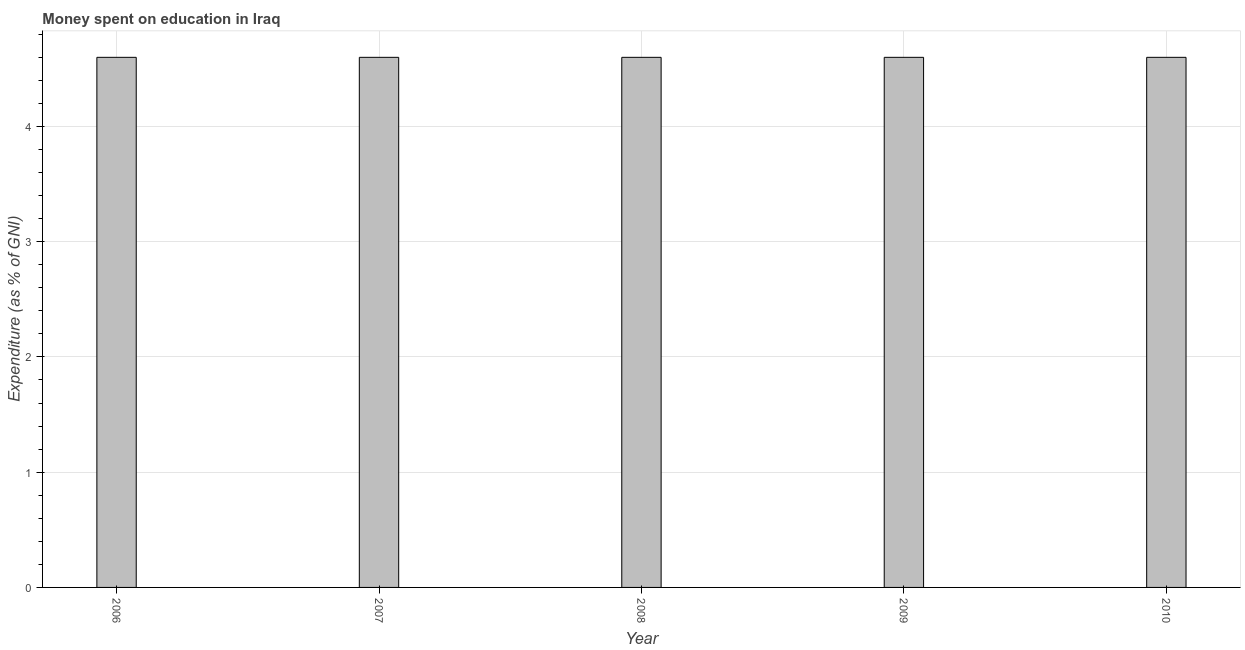
| Year | Education expenditure |
 | --- | --- |
 | 2006 | 4.6 |
 | 2007 | 4.6 |
 | 2008 | 4.6 |
 | 2009 | 4.6 |
 | 2010 | 4.6 |